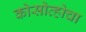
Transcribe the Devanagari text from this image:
कोसोव्होचा